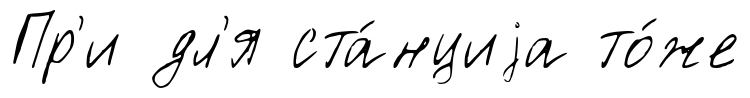
Пр'и дл'я ста́нциjа то́же